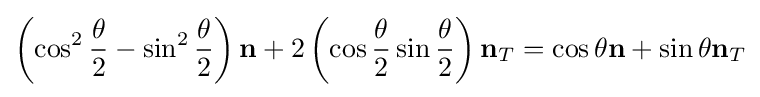
\left(\cos ^{2}{\frac {\theta }{2}}-\sin ^{2}{\frac {\theta }{2}}\right)\mathbf {n} +2\left(\cos {\frac {\theta }{2}}\sin {\frac {\theta }{2}}\right)\mathbf {n} _{T}=\cos \theta \mathbf {n} +\sin \theta \mathbf {n} _{T}